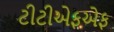
ટીટીએફએફ